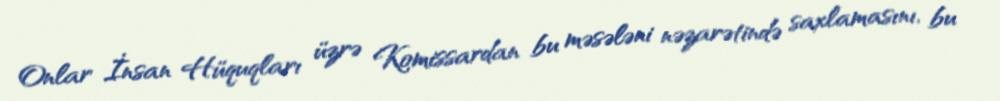
Onlar İnsan Hüquqları üzrə Komissardan bu məsələni nəzarətində saxlamasını, bu